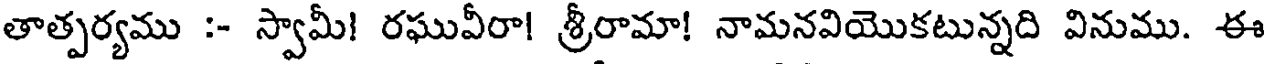
తాత్పర్యము :- స్వామీ! రఘువీరా! శ్రీరామా! నామనవియొకటున్నది వినుము. ఈ